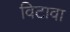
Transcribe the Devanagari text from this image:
विटावा